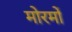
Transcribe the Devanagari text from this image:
मोरमों